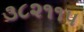
૩૮૨૧૧૫